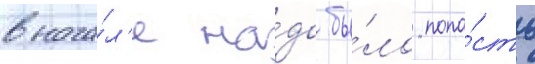
внача́л'е на́до бы́ло попа́сть